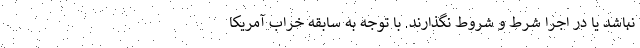
نباشد یا در اجرا شرط و شروط نگذارند. با توجه به سابقه خراب آمریکا